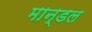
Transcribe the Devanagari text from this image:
मान्डल